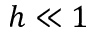
h \ll 1